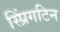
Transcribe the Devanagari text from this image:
स्प्रिंगटिन